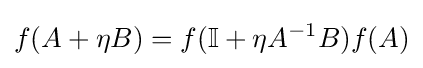
f(A+\eta B)=f(\mathbb {I} +\eta A^{-1}B)f(A)